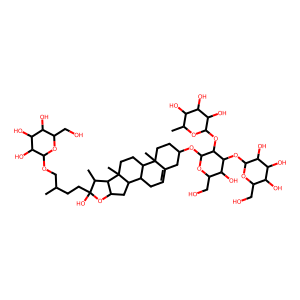
SMILES: CC(CCC1(O)OC2CC3C4CC=C5CC(OC6OC(CO)C(O)C(OC7OC(CO)C(O)C(O)C7O)C6OC6OC(C)C(O)C(O)C6O)CCC5(C)C4CCC3(C)C2C1C)COC1OC(CO)C(O)C(O)C1O
Inhibits HIV replication: No